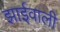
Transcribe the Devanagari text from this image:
झाईवाली